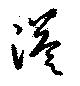
溢